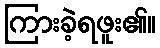
ကြားခဲ့ရဖူး၏။